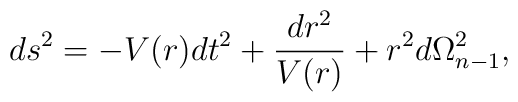
ds^2 = -V(r)dt^2 + \frac{dr^2}{V(r)} +r^{2}d{\Omega}^2_{n-1},